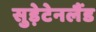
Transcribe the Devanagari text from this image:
सुड़ेटेनलैंड